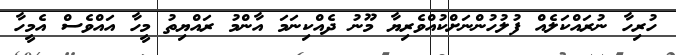
ހުރިހާ ނުރައްކަލެއް ފުލުހުންނަށްކުއްވެރިޔާ މޫނު ދެއްކިނަމަ އާންމު ރައްޔިތު މީހާ އައްވެސް އެމީހާ